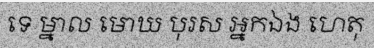
ទេ ម្នាល មោឃ បុរស អ្នកឯង ហេតុ